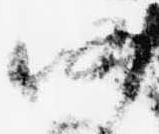
仍